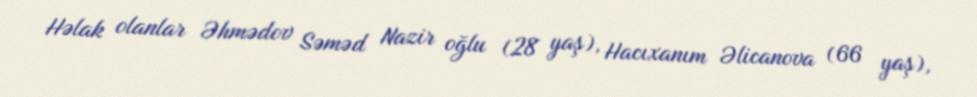
Həlak olanlar Əhmədov Səməd Nazir oğlu (28 yaş), Hacıxanım Əlicanova (66 yaş),